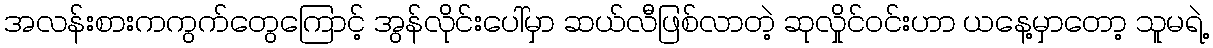
အလန်းစားကကွက်တွေကြောင့် အွန်လိုင်းပေါ်မှာ ဆယ်လီဖြစ်လာတဲ့ ဆုလှိုင်ဝင်းဟာ ယနေ့မှာတော့ သူမရဲ့